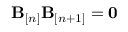
{ \bf B } _ { [ n ] } { \bf B } _ { [ n + 1 ] } = { \bf 0 }